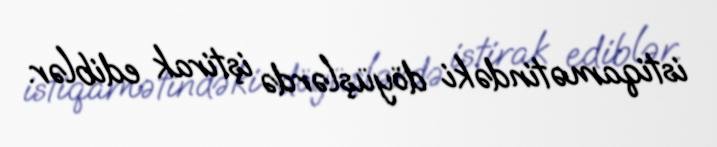
istiqamətindəki döyüşlərdə iştirak ediblər.